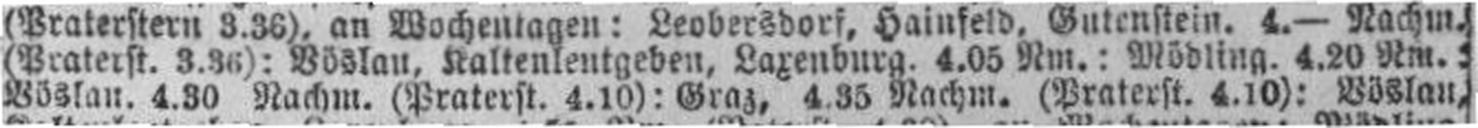
Böslau. 4.30 Nachm. (Praterst. 4.10): Granz, 4.35 Nachm. (Praterstr. 4.10): Böslau,